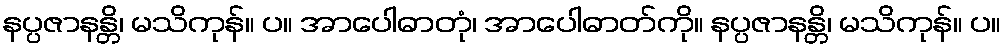
နပ္ပဇာနန္တိ၊ မသိကုန်။ ပ။ အာပေါဓာတုံ၊ အာပေါဓာတ်ကို။ နပ္ပဇာနန္တိ၊ မသိကုန်။ ပ။